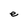
Character: e